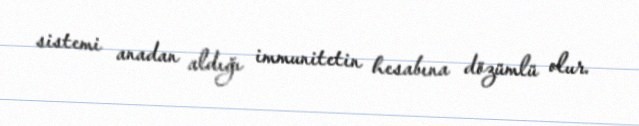
sistemi anadan aldığı immunitetin hesabına dözümlü olur.